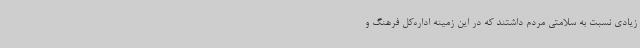
زیادی نسبت به سلامتی مردم داشتند که در این زمینه اداره‌کل فرهنگ و